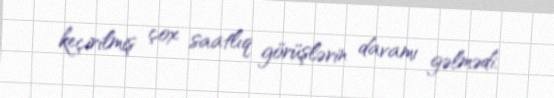
keçirilmiş çox saatlıq görüşlərin davamı gəlmədi.